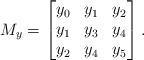
LaTeX: \begin{align*} M_y= \left[ \begin{matrix} y_0 & y_1 & y_2 \\ y_1 & y_3 & y_4\\ y_2 & y_4 & y_5\\\end{matrix}\right].\end{align*}